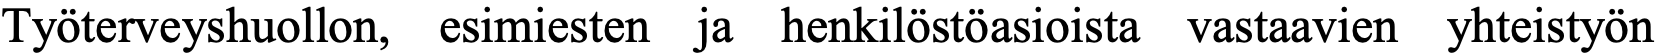
Työterveyshuollon, esimiesten ja henkilöstöasioista vastaavien yhteistyön